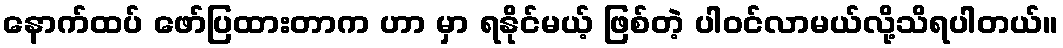
နောက်ထပ် ဖော်ပြထားတာက ဟာ မှာ ရနိုင်မယ့် ဖြစ်တဲ့ ပါ၀င်လာမယ်လို့သိရပါတယ်။